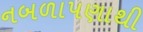
નબળાપણાથી